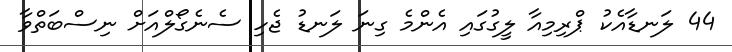
44 ލަނޑާއެކު ޕްރިމިއާ ލީގުގައި އެންމެ ގިނަ ލަނޑު ޖެހި ސެނެގޯލްއަށް ނިސްބަތްވާ